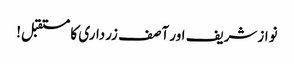
نوازشریف اور آصف زرداری کا مستقبل!